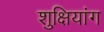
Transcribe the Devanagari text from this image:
शुक्षियांग